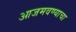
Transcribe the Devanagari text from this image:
आजमवण्याचा